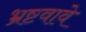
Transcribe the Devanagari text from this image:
भ्रष्टवावे